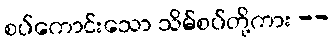
စပ်ကောင်းသော သိမ်စပ်တို့ကား --